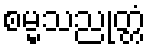
စမ္မသညုတ္တံ